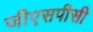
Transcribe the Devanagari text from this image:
जीएसपीसी